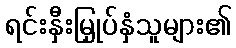
ရင်းနှီးမြှုပ်နှံသူများ၏